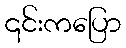
၎င်းကပြော